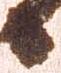
候